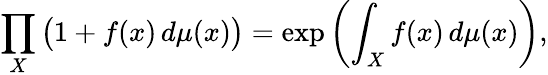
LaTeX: \prod_{X}{\big(}1+f(x)\, d\mu(x){\big)}=\exp\left(\int_{X}f(x)\, d\mu(x)\right),